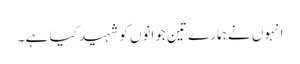
انہوں نے ہمارے تین جوانوں کو شہید کیا ہے ۔